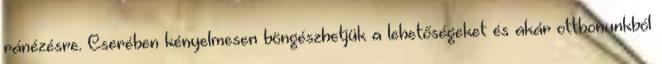
ránézésre. Cserében kényelmesen böngészhetjük a lehetőségeket és akár otthonunkból